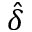
\hat { \delta }